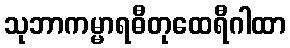
သုဘာကမ္မာရဓီတုထေရီဂါထာ